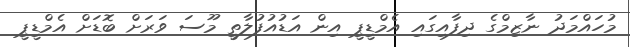
މުހައްމަދު ނާޒިމްގެ ދިފާއިގައި އެމްޑީޕީ އިން އަޑުއުފުލާތީ މޫސަ ވަރަށް ބޮޑަށް އެމްޑީޕީ